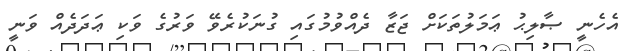
އެހެނީ ޞާލިޙު ޢަމަލުތަކަށް ޖަޒާ ދެއްވުމުގައި ގުނަކުރެވޭ ވަރުގެ ވަކި ޢަދަދެއް ވަނީ